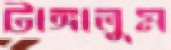
টাঙ্গালুম